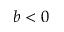
b < 0